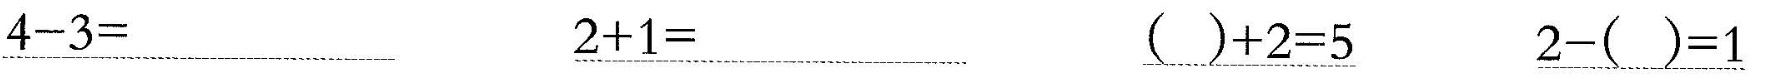
\underline{$$4 - 3 =$$} \underline{$$2 + 1 =$$} \underline{$$( ) + 2 = 5$$} \underline{$$2 - ( ) = 1$$}